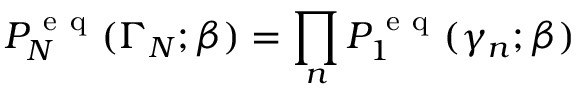
P _ { N } ^ { \mathrm { ~ e ~ q ~ } } ( \Gamma _ { N } ; \beta ) = \prod _ { n } P _ { 1 } ^ { \mathrm { ~ e ~ q ~ } } ( \gamma _ { n } ; \beta )